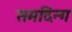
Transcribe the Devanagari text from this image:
समदिन्ग